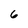
Character: 6